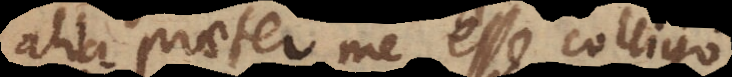
alia praeter me esse colligo